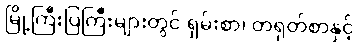
မြို့ကြီးပြကြီးများတွင် ရှမ်းစာ၊ တရုတ်စာနှင့်